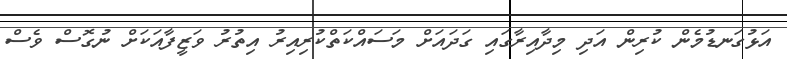
އަޅުގަނޑުމެން ކުރިން އަދި މިދާއިރާގައި ގަދައަށް މަސައްކަތްކުރިއިރު އިތުރު ވަޒީފާއަކަށް ނުގޮސް ވެސް